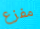
مفزع